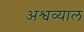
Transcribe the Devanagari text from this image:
अश्वव्याल